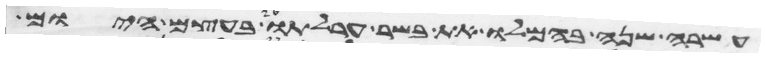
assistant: עשרה שנה בהמלו את בשר ערלתו בעצם היום